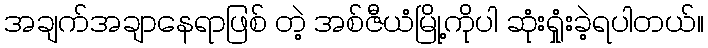
အချက်အချာနေရာဖြစ် တဲ့ အစ်ဇီယံမြို့ကိုပါ ဆုံးရှုံးခဲ့ရပါတယ်။